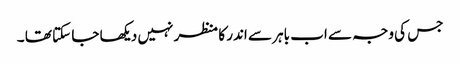
جس کی وجہ سے اب باہر سے اندر کا منظر نہیں دیکھا جا سکتا تھا ۔